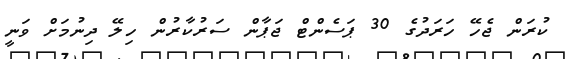
ކުރަން ޖެހޭ ހަރަދުގެ 30 ޕަސެންޓް ޖަޕާން ސަރުކާރުން ހިލޭ ދިނުމަށް ވަނީ